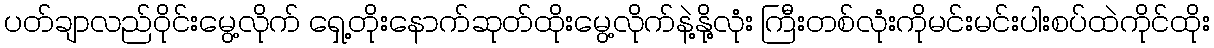
ပတ်ချာလည်ဝိုင်းမွေ့လိုက် ရှေ့တိုးနောက်ဆုတ်ထိုးမွေ့လိုက်နဲ့နို့လုံး ကြီးတစ်လုံးကိုမင်းမင်းပါးစပ်ထဲကိုင်ထိုး